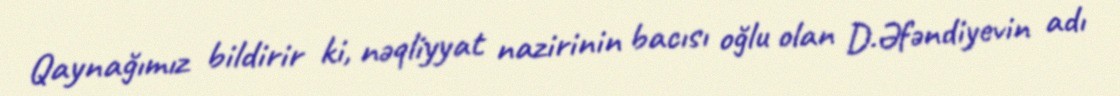
Qaynağımız bildirir ki, nəqliyyat nazirinin bacısı oğlu olan D.Əfəndiyevin adı